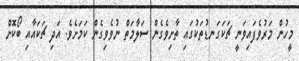
މީހުން މަރުވެފައިވަނީ ޗަކަގަނޑުތަކުގައި ތާށިވެގެން ސަލާމަތް ނުވެވިގެން ކަމަށެވެ. އަދި ޗަކައާއި ބޯކޮށް